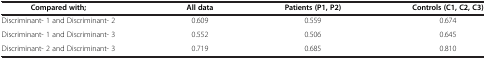
<table><thead><tr><td><b>Compared with;</b></td><td><b>All data</b></td><td><b>Patients (P1, P2)</b></td><td><b>Controls (C1, C2, C3)</b></td></tr></thead><tbody><tr><td>Discriminant- 1 and Discriminant- 2</td><td>0.609</td><td>0.559</td><td>0.674</td></tr><tr><td>Discriminant- 1 and Discriminant- 3</td><td>0.552</td><td>0.506</td><td>0.645</td></tr><tr><td>Discriminant- 2 and Discriminant- 3</td><td>0.719</td><td>0.685</td><td>0.810</td></tr></tbody></table>